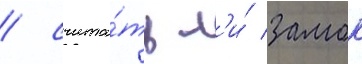
/ счита́ть л'и́ замок